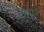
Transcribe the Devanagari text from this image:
गएं